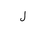
Letter: _lam